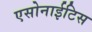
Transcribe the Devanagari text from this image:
एसोनाईटिस